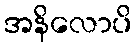
အနိလောပိ